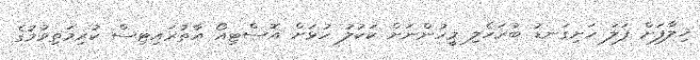
ޚިލާފަށް ފަލަ ހަށިގަނޑު ބުރަހެލި މީހުންނަށް ކަކުލު ހުޅަށް އޮސްޓިއޯ އާތުރައިޓިސް ކުރިމަތިވުމުގެ